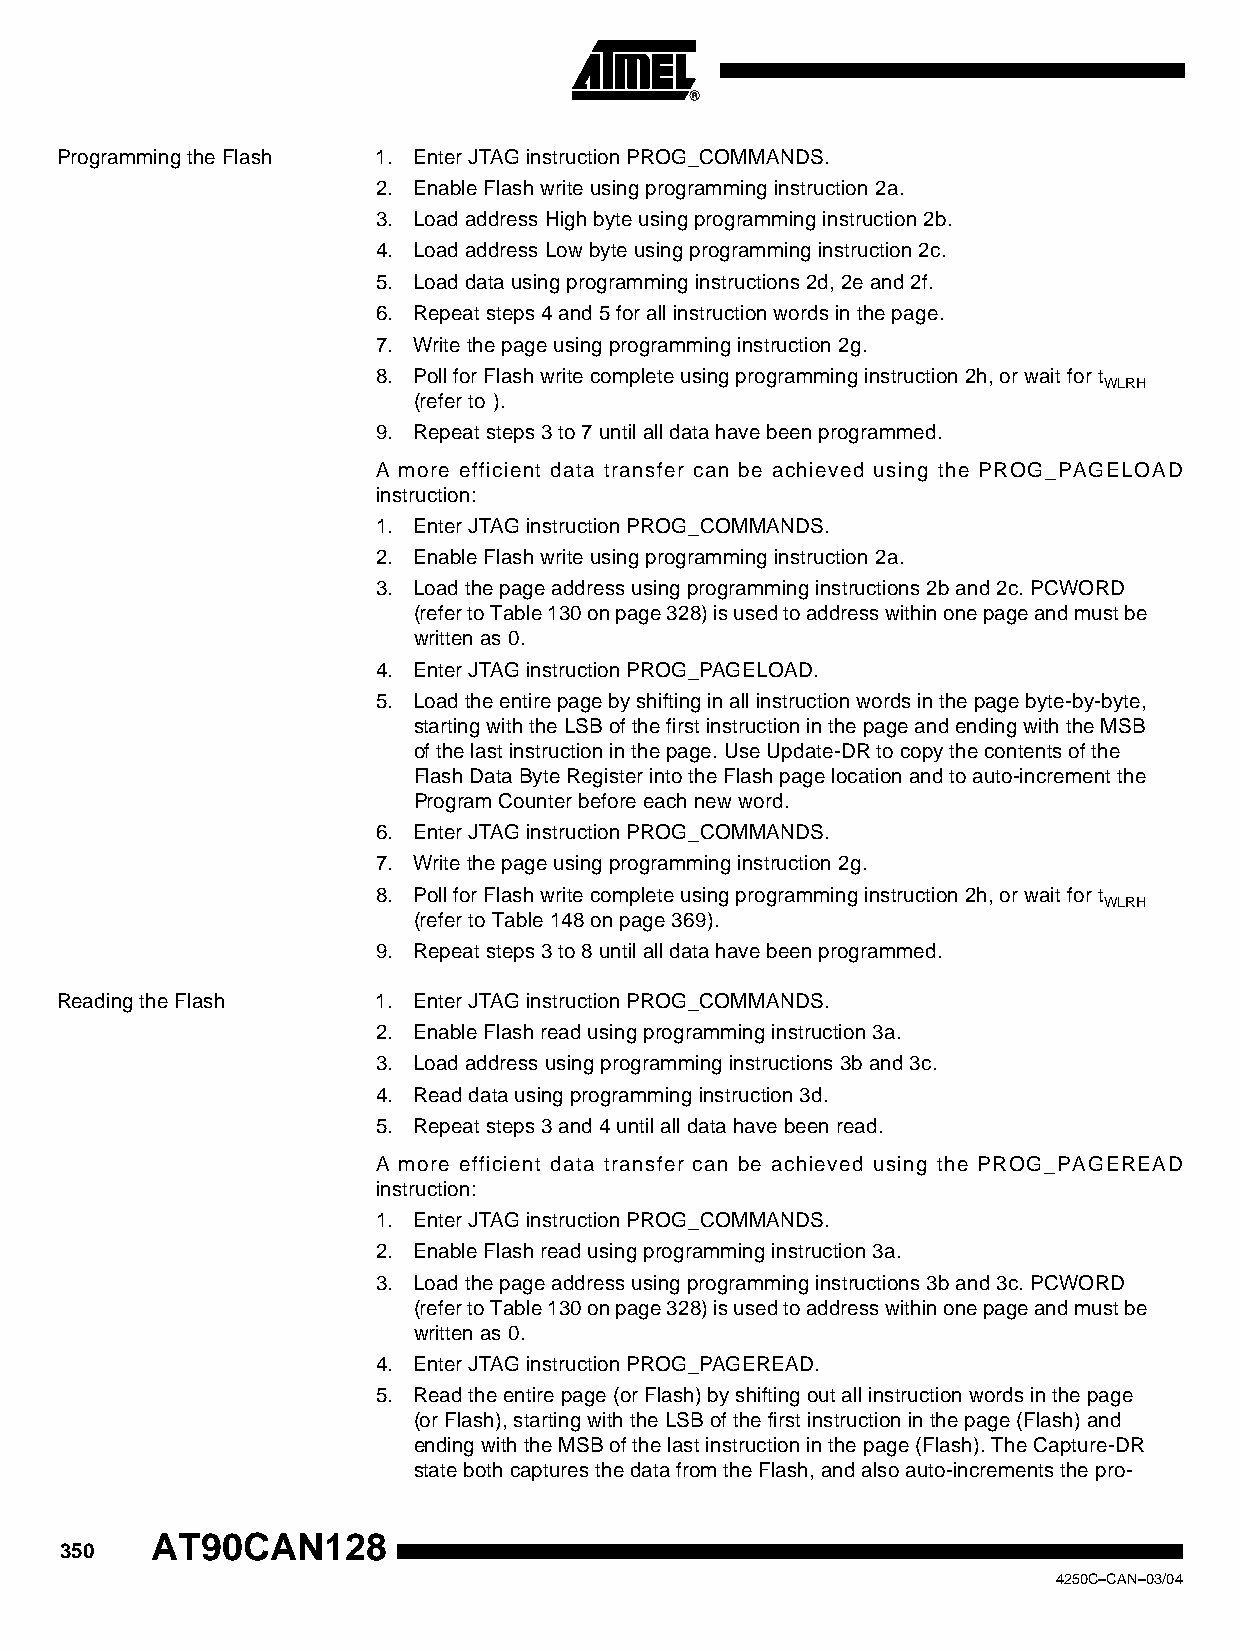
Programming the Flash 1. Enter JTAG instruction PROG_COMMANDS.
 2. Enable Flash write using programming instruction 2a.
 3. Load address High byte using programming instruction 2b.
 4. Load address Low byte using programming instruction 2c.
 5. Load data using programming instructions 2d, 2e and 2f.
 6. Repeat steps 4 and 5 for all instruction words in the page.
 7. Write the page using programming instruction 2g.
 8. Poll for Flash write complete using programming instruction 2h, or wait for t
 WLRH
 (refer to ).
 9. Repeat steps 3 to 7 until all data have been programmed.
 A more efficient data transfer can be achieved using the PROG_PAGELOAD
 instruction:
 1. Enter JTAG instruction PROG_COMMANDS.
 2. Enable Flash write using programming instruction 2a.
 3. Load the page address using programming instructions 2b and 2c. PCWORD
 (refer to Table 130 on page 328) is used to address within one page and must be
 written as 0.
 4. Enter JTAG instruction PROG_PAGELOAD.
 5. Load the entire page by shifting in all instruction words in the page byte-by-byte,
 starting with the LSB of the first instruction in the page and ending with the MSB
 of the last instruction in the page. Use Update-DR to copy the contents of the
 Flash Data Byte Register into the Flash page location and to auto-increment the
 Program Counter before each new word.
 6. Enter JTAG instruction PROG_COMMANDS.
 7. Write the page using programming instruction 2g.
 8. Poll for Flash write complete using programming instruction 2h, or wait for t
 WLRH
 (refer to Table 148 on page 369).
 9. Repeat steps 3 to 8 until all data have been programmed.
 Reading the Flash    1. Enter JTAG instruction PROG_COMMANDS.
 2. Enable Flash read using programming instruction 3a.
 3. Load address using programming instructions 3b and 3c.
 4. Read data using programming instruction 3d.
 5. Repeat steps 3 and 4 until all data have been read.
 A more efficient data transfer can be achieved using the PROG_PAGEREAD
 instruction:
 1. Enter JTAG instruction PROG_COMMANDS.
 2. Enable Flash read using programming instruction 3a.
 3. Load the page address using programming instructions 3b and 3c. PCWORD
 (refer to Table 130 on page 328) is used to address within one page and must be
 written as 0.
 4. Enter JTAG instruction PROG_PAGEREAD.
 5. Read the entire page (or Flash) by shifting out all instruction words in the page
 (or Flash), starting with the LSB of the first instruction in the page (Flash) and
 ending with the MSB of the last instruction in the page (Flash). The Capture-DR
 state both captures the data from the Flash, and also auto-increments the pro-
 AT90CAN128
 350
 4250C–CAN–03/04